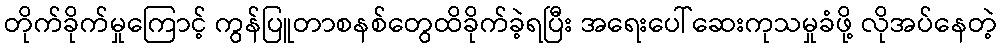
တိုက်ခိုက်မှုကြောင့် ကွန်ပြူတာစနစ်တွေထိခိုက်ခဲ့ရပြီး အရေးပေါ်ဆေးကုသမှုခံဖို့ လိုအပ်နေတဲ့